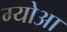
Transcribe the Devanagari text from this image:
ग्योआ